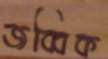
জব্বিক